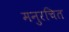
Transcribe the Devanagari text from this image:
मनुरचित